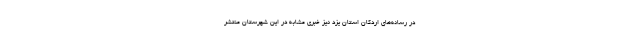
در رسانه‌های اردکان استان یزد نیز خبری مشابه در این شهرستان منتشر